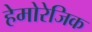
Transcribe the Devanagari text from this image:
हेमोरेजिक